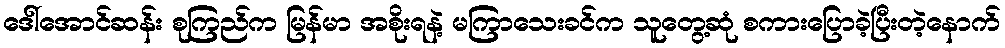
ဒေါ်အောင်ဆန်း စုကြည်က မြန်မာ အစိုးရနဲ့ မကြာသေးခင်က သူတွေ့ဆုံ စကားပြောခဲ့ပြီးတဲ့နောက်